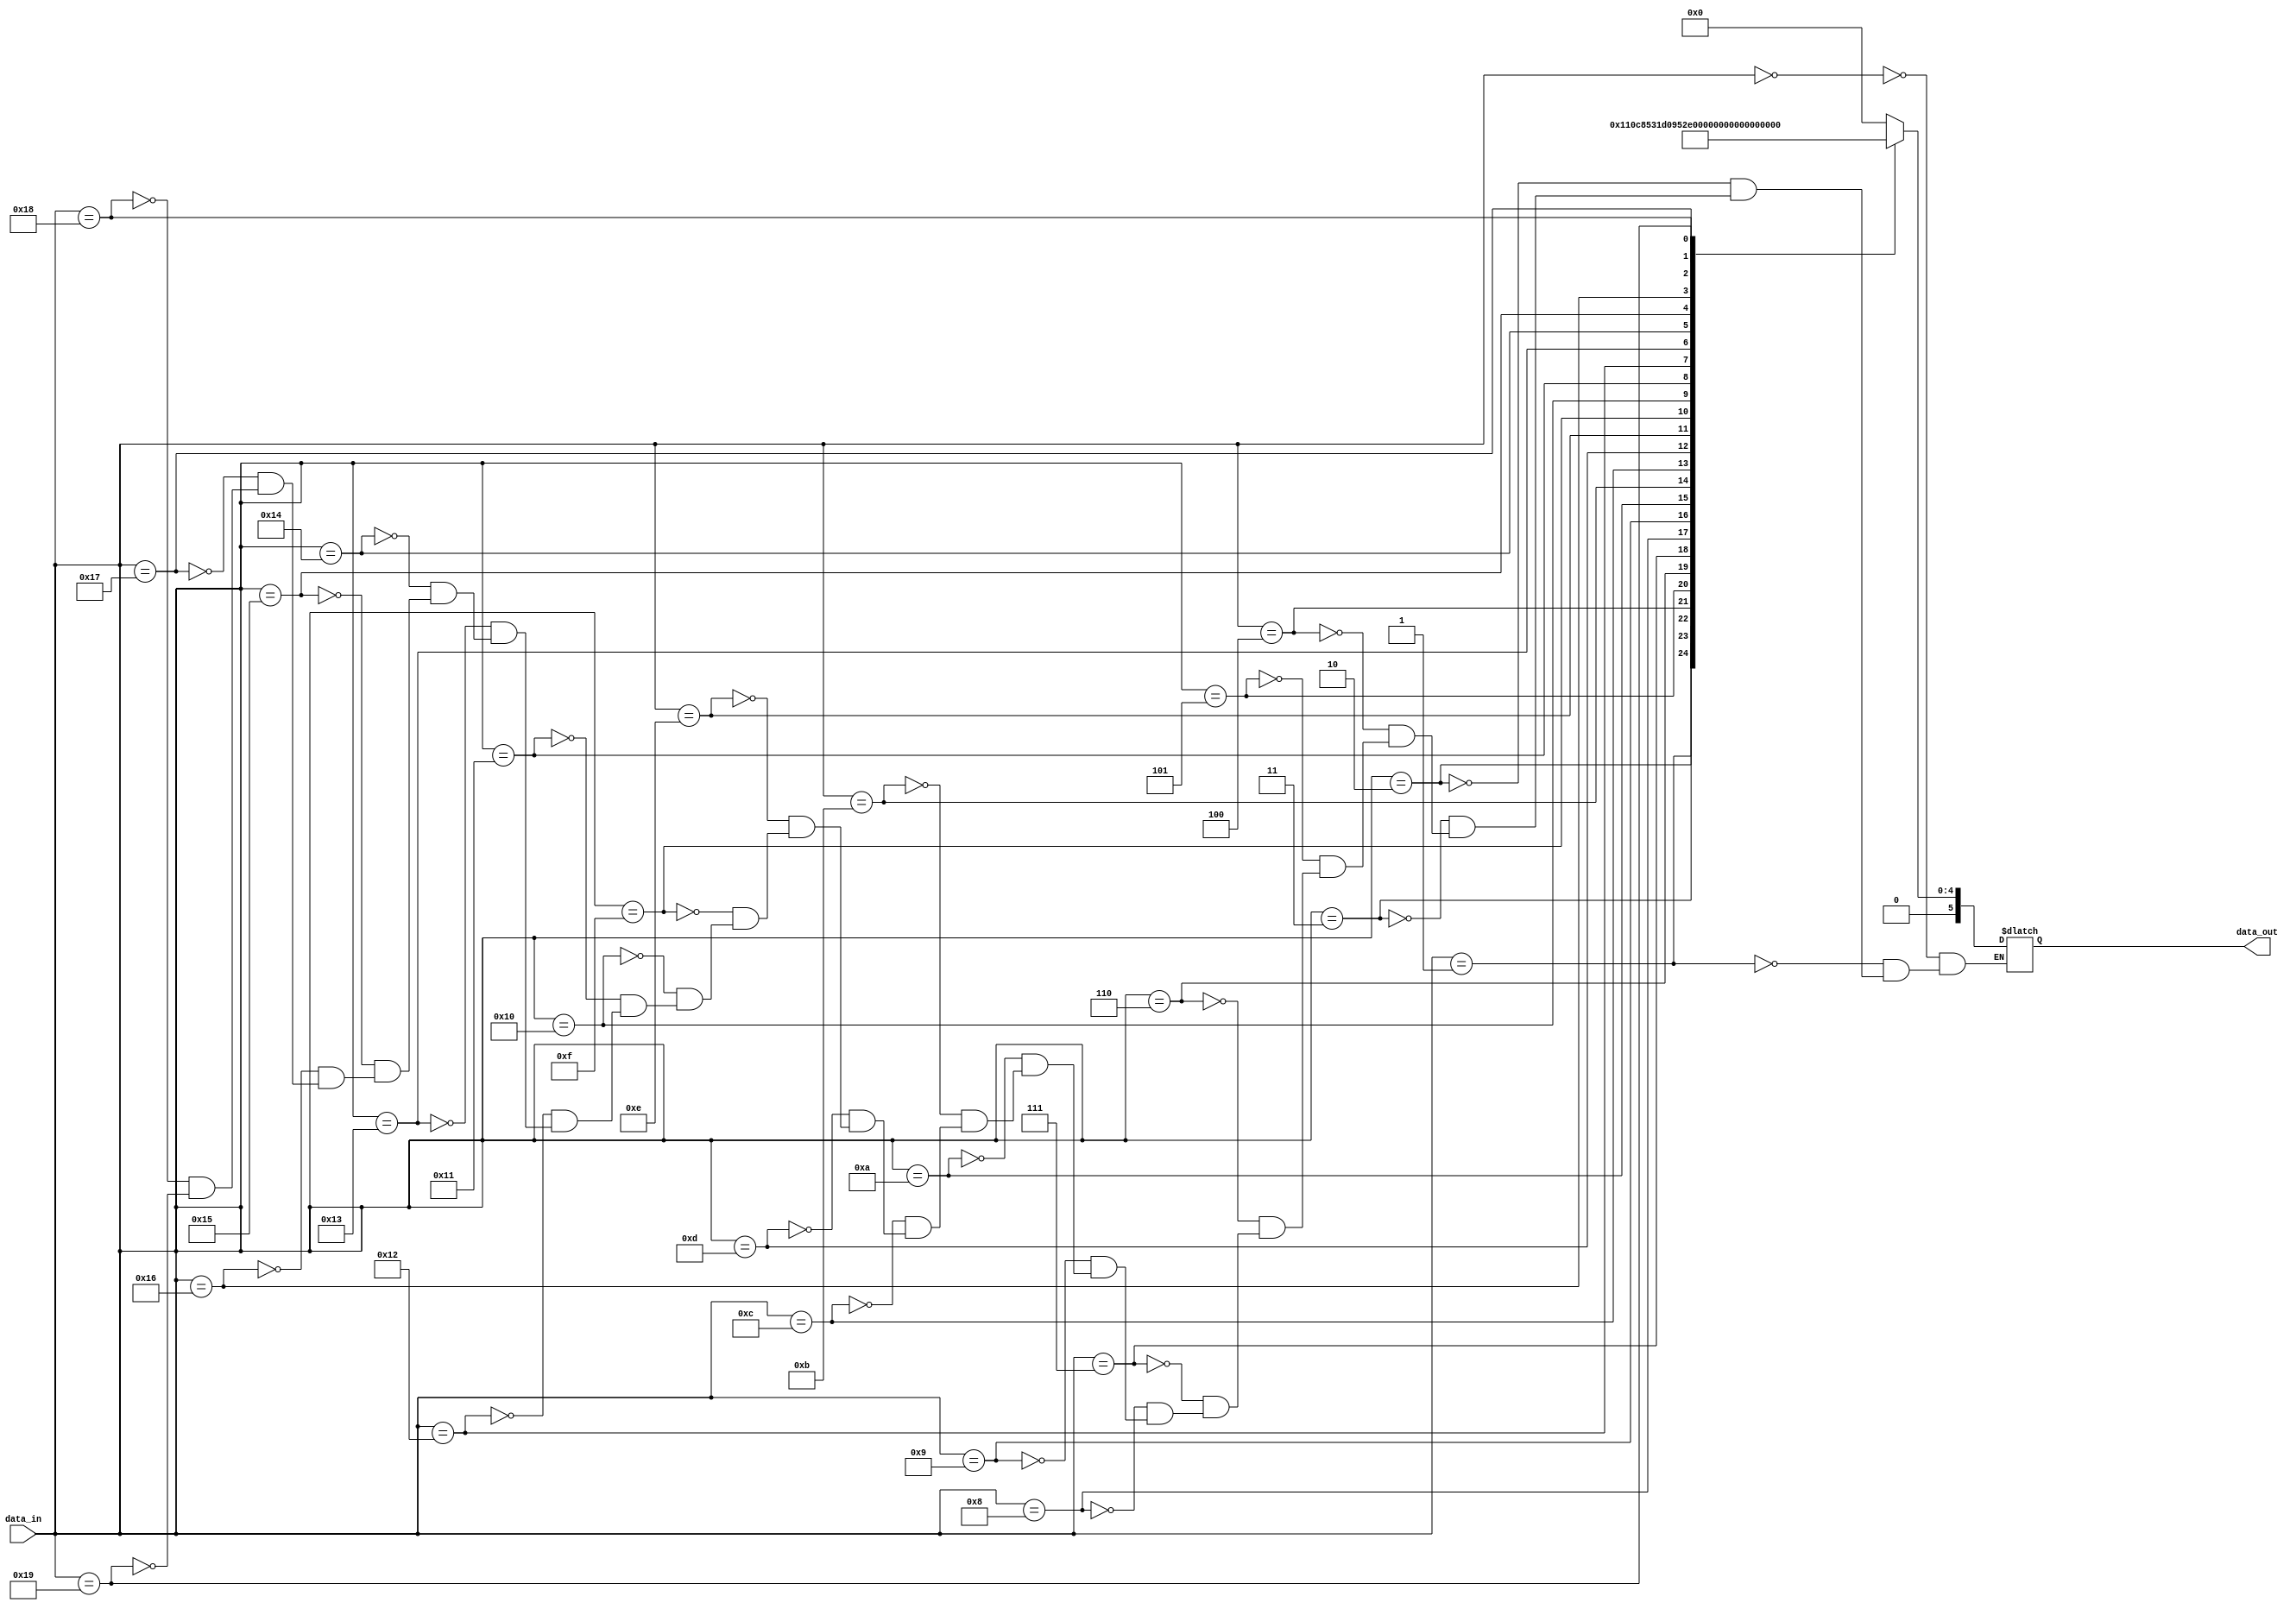
`timescale 1ns / 1ps
//////////////////////////////////////////////////////////////////////////////////
// Company: 
// Engineer: 
// 
// Design Name: 
// Module Name: uart_map_out
// Project Name: 
// Target Devices: 
// Tool Versions: 
// Description: 
// 
// Dependencies: 
// 
// Revision:
// Revision 0.01 - File Created
// Additional Comments:
// 
//////////////////////////////////////////////////////////////////////////////////


module uart_map_out(
input [5:0]data_in,
output reg [5:0]data_out
    );
    parameter
    a=6'b000000,
    b=6'b000001,
    c=6'b000010,
    d=6'b000011,
    e=6'b000100,
    f=6'b000101,
    g=6'b000110,
    h=6'b000111,
    i=6'b001000,
    j=6'b001001,
    k=6'b001010,
    l=6'b001011,
    m=6'b001100,
    n=6'b001101,
    o=6'b001110,
    p=6'b001111,
    q=6'b010000,
    r=6'b010001,
    s=6'b010010,
    t=6'b010011,
    u=6'b010100,
    v=6'b010101,
    w=6'b010110,
    x=6'b010111,
    y=6'b011000,
    z=6'b011001;
    
    always@(data_in)begin
    case(data_in)
    a:data_out=6'd0;
    b:data_out=6'd1;
    c:data_out=6'd2;
    d:data_out=6'd3;
    e:data_out=6'd4;
    f:data_out=6'd5;
    g:data_out=6'd6;
    h:data_out=6'd7;
    i:data_out=6'd8;
    j:data_out=6'd9;
    k:data_out=6'd10;
    l:data_out=6'd11;
    m:data_out=6'd12;
    n:data_out=6'd13;
    o:data_out=6'd14;
    p:data_out=6'd15;
    q:data_out=6'd16;
    r:data_out=6'd17;
    s:data_out=6'd18;
    t:data_out=6'd19;
    u:data_out=6'd20;
    v:data_out=6'd21;
    w:data_out=6'd22;
    x:data_out=6'd23;
    y:data_out=6'd24;
    z:data_out=6'd25;
    endcase
    end
    
endmodule